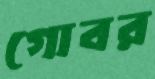
গোবর